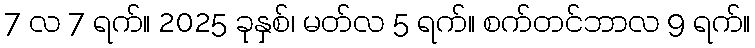
7 လ 7 ရက်။ 2025 ခုနှစ်၊ မတ်လ 5 ရက်။ စက်တင်ဘာလ 9 ရက်။